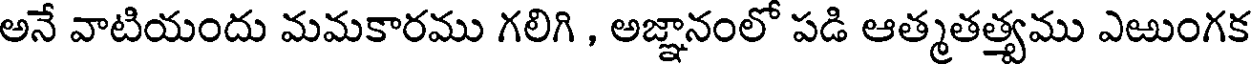
అనే వాటియందు మమకారము గలిగి , అజ్ఞానంలో పడి ఆత్మతత్యము ఎఱుంగక